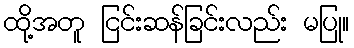
ထို့အတူ ငြင်းဆန်ခြင်းလည်း မပြု။